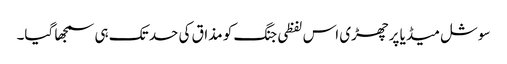
سوشل میڈیا پر چھڑی اس لفظی جنگ کو مذاق کی حد تک ہی سمجھا گیا۔